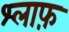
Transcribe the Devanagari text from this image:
श्लाफ़